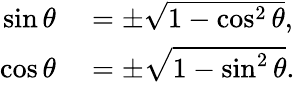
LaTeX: \begin{array}{rl}{\sin\theta}&{{}=\pm{\sqrt{1-\cos^{2}\theta}},}\\ {\cos\theta}&{{}=\pm{\sqrt{1-\sin^{2}\theta}}.}\end{array}